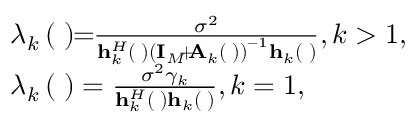
\begin{array} { r l } & { { \lambda _ { k } } \left( { { \bf { \Theta } } } \right) \! \! = \! \! \frac { { { \sigma ^ { 2 } } } } { { { \bf { h } } _ { k } ^ { H } \left( { \bf { \Theta } } \right) { { \left( { { { \bf { I } } _ { M } } \! \! + \! \! { { \bf { A } } _ { k } } \left( { { \bf { \Theta } } } \right) } \right) } ^ { - 1 } } { { \bf { h } } _ { k } } \left( { \bf { \Theta } } \right) } } , k > 1 , } \\ & { { \lambda _ { k } } \left( { { \bf { \Theta } } } \right) = \frac { { { \sigma ^ { 2 } } { \gamma _ { k } } } } { { { \bf { h } } _ { k } ^ { H } \left( { \bf { \Theta } } \right) { { \bf { h } } _ { k } } \left( { \bf { \Theta } } \right) } } , k = 1 , } \end{array}